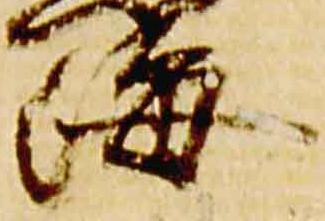
海